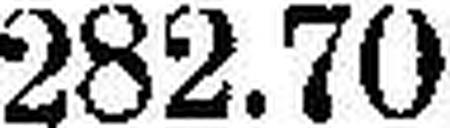
282.70